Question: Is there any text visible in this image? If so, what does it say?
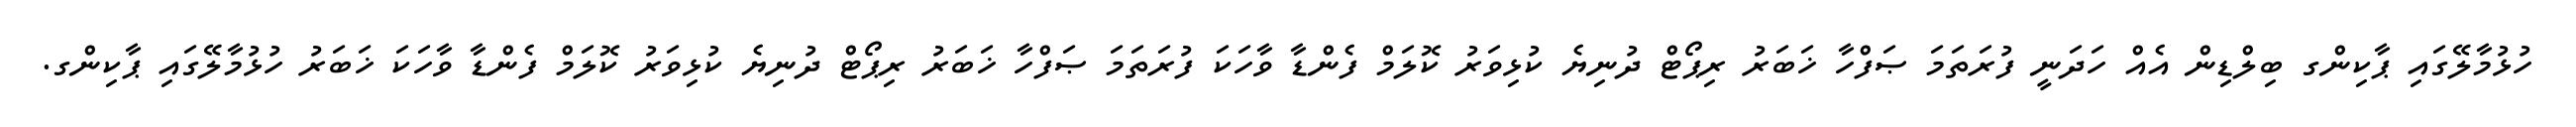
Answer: ހުޅުމާލޭގައި ޕާކިންގ ބިލްޑިން އެއް ހަދަނީ ފުރަތަމަ ޞަފްހާ ޚަބަރު ރިޕޯޓް ދުނިޔެ ކުޅިވަރު ކޮލަމް ފެންޑާ ވާހަކަ ފުރަތަމަ ޞަފްހާ ޚަބަރު ރިޕޯޓް ދުނިޔެ ކުޅިވަރު ކޮލަމް ފެންޑާ ވާހަކަ ޚަބަރު ހުޅުމާލޭގައި ޕާކިންގ.